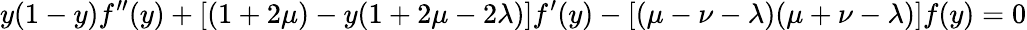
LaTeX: y(1-y)f^{\prime\prime}(y)+[(1+2\mu)-y(1+2\mu-2\lambda)]f^{\prime}(y)-[(\mu-\nu-\lambda)(\mu+\nu-\lambda)]f(y)=0